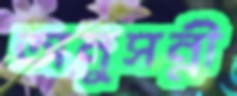
অনুসন্নী